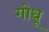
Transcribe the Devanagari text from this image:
गोधू